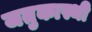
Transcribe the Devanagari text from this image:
जतुकास्थी